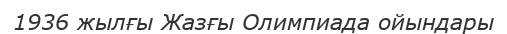
1936 жылғы Жазғы Олимпиада ойындары